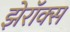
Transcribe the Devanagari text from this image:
झेरॉक्‍स